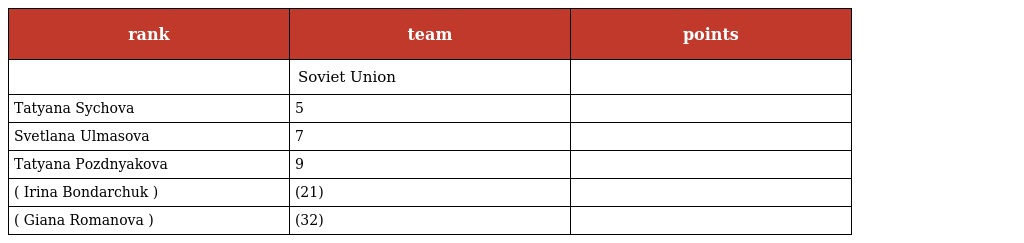
| rank | team | points |
 | --- | --- | --- |
 |  | Soviet Union |  |
 | Tatyana Sychova | 5 |  |
 | Svetlana Ulmasova | 7 |  |
 | Tatyana Pozdnyakova | 9 |  |
 | ( Irina Bondarchuk ) | (21) |  |
 | ( Giana Romanova ) | (32) |  |